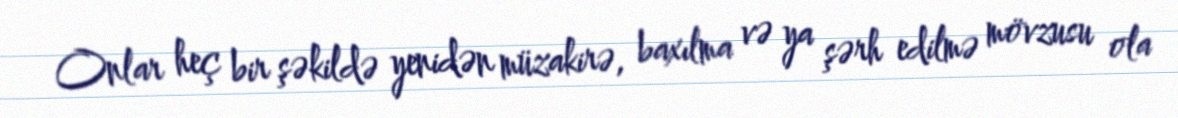
Onlar heç bir şəkildə yenidən müzakirə, baxılma və ya şərh edilmə mövzusu ola